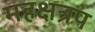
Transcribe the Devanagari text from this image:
महक्षत्रप